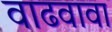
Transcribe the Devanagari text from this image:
वाढवावा